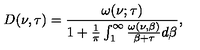
D ( \nu , \tau ) = \frac { \omega ( \nu ; \tau ) } { 1 + \frac { 1 } { \pi } \int _ { 1 } ^ { \infty } \frac { \omega ( \nu , \beta ) } { \beta + \tau } d \beta } ,